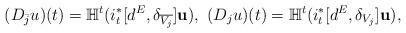
LaTeX: \begin{align*}(D_{\bar j}u)(t) = \mathbb H^t(i_t^* [d^E, \delta_{\overline{V_j}}]\mathbf{u}), \ (D_{j}u)(t) = \mathbb H^t(i_t^* [d^E, \delta_{V_j}]\mathbf{u}),\end{align*}